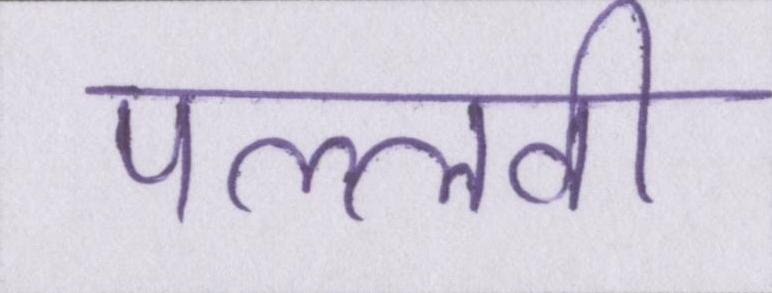
पल्लवी